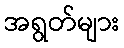
အရွတ်များ